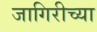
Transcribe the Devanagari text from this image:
जागिरीच्या